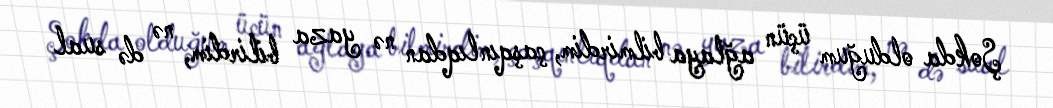
Şokda olduğum üçün ağlaya bilmirdim, çaşqınlıqdan nə yaza bilirdim, nə də sual